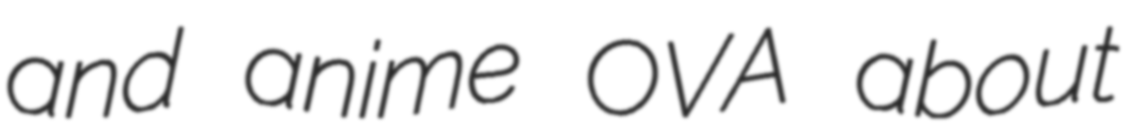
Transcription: and anime OVA about